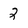
Character: 2